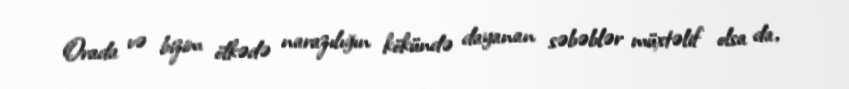
Orada və bizim ölkədə narazılığın kökündə dayanan səbəblər müxtəlif olsa da,